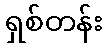
ရှစ်တန်း